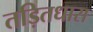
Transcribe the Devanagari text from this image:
तड़ितधारा